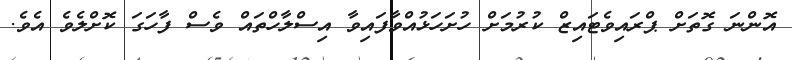
އޮންނަ ގޮތަށް ޕްރައިވެޓައިޒް ކުރުމަށް ހުށަހަޅުއްވާފައިވާ އިސްލާހްތައް ވެސް ފާހަގަ ކޮށްލެވެ އެވެ.